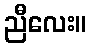
ညီလေး။